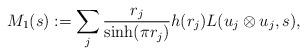
LaTeX: \begin{align*}M_1(s):=\sum_{j}\frac{r_j}{\sinh(\pi r_j)}h(r_j)L(u_{j}\otimes u_{j},s),\end{align*}